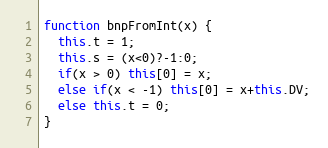
Language: JavaScript
function bnpFromInt(x) {
  this.t = 1;
  this.s = (x<0)?-1:0;
  if(x > 0) this[0] = x;
  else if(x < -1) this[0] = x+this.DV;
  else this.t = 0;
}